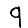
Digit: 9